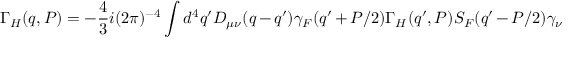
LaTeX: \Gamma _ { H } ( q , P ) = - { \frac { 4 } { 3 } } i ( 2 \pi ) ^ { - 4 } \int d ^ { 4 } q ^ { \prime } D _ { \mu \nu } ( q - q ^ { \prime } ) \gamma _ { F } ( q ^ { \prime } + P / 2 ) \Gamma _ { H } ( q ^ { \prime } , P ) S _ { F } ( q ^ { \prime } - P / 2 ) \gamma _ { \nu }